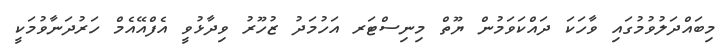
މިބައްދަލުވުމުގައި ވާހަކަ ދައްކަވަމުން ޔޫތް މިނިސްޓަރ އަހުމަދު ޒުހޫރު ވިދާޅުވީ އެފްއޭއެމް ހަރުދަނާވުމަކީ